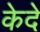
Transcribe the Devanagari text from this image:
केदे